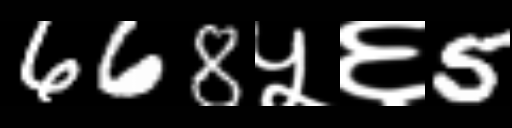
Text: 668५६5